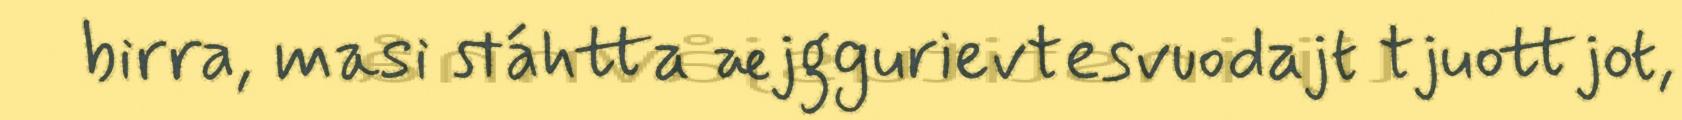
birra, masi stáhtta æjggurievtesvuodajt tjuottjot,